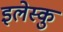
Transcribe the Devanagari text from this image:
इलेस्कु